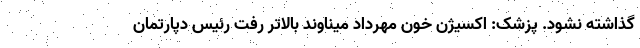
گذاشته نشود. پزشک: اکسیژن خون مهرداد میناوند بالاتر رفت رئیس دپارتمان